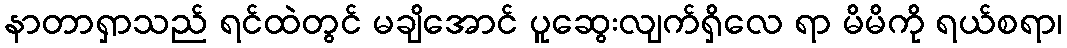
နာတာရှာသည် ရင်ထဲတွင် မချိအောင် ပူဆွေးလျက်ရှိလေ ရာ မိမိကို ရယ်စရာ၊